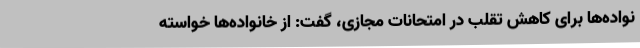
نواده‌ها برای کاهش تقلب در امتحانات مجازی، گفت: از خانواده‌ها خواسته